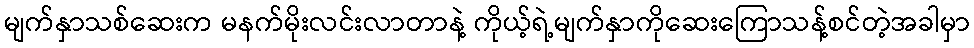
မျက်နှာသစ်ဆေးက မနက်မိုးလင်းလာတာနဲ့ ကိုယ့်ရဲ့မျက်နှာကိုဆေးကြောသန့်စင်တဲ့အခါမှာ